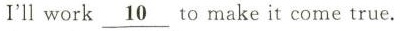
I'llwork \underline{ 10}to make it come true.